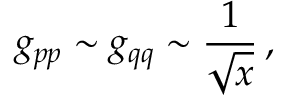
g _ { p p } \sim g _ { q q } \sim \frac { 1 } { \sqrt { x } } \, ,